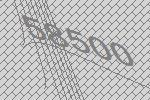
58500